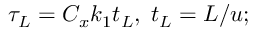
\tau _ { L } = C _ { x } k _ { 1 } t _ { L } , \; t _ { L } = L / u ;